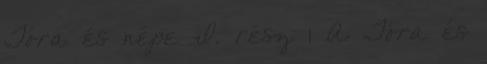
Tóra és népe I. rész 1 A Tóra és